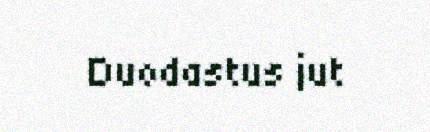
Duodastus jut